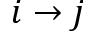
i \to j